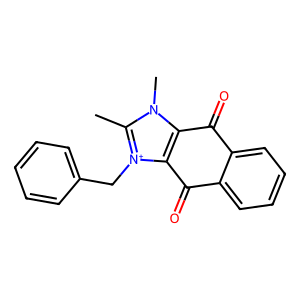
SMILES: Cc1n(C)c2c([n+]1Cc1ccccc1)C(=O)c1ccccc1C2=O
Inhibits HIV replication: No